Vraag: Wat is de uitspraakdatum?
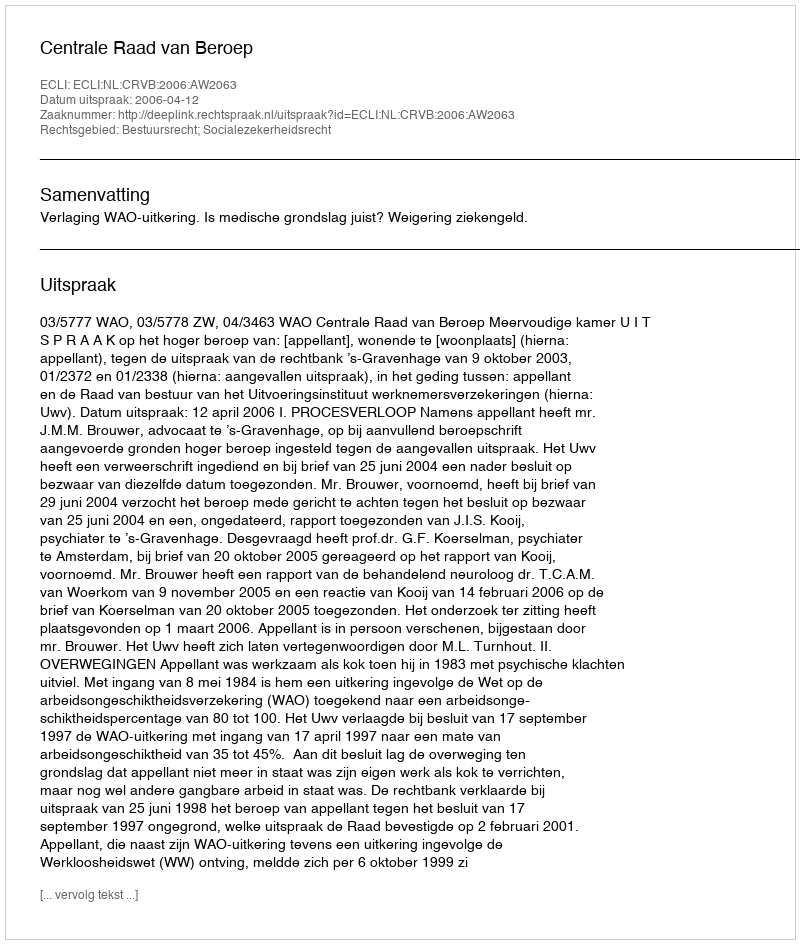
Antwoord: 2006-04-12